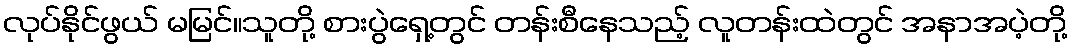
လုပ်နိုင်ဖွယ် မမြင်။သူတို့ စားပွဲရှေ့တွင် တန်းစီနေသည့် လူတန်းထဲတွင် အနာအပဲ့တို့